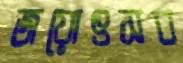
জয়োৎসব